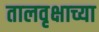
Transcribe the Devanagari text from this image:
तालवृक्षाच्या